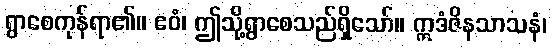
ရွာစေကုန်ရာ၏။ ဧဝံ၊ ဤသို့ရွာစေသည်ရှိသော်။ ဣဒံဇိနသာသနံ၊